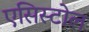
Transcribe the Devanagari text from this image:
एसिस्टोल